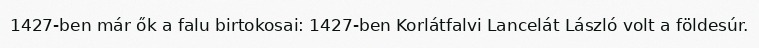
1427-ben már ők a falu birtokosai: 1427-ben Korlátfalvi Lancelát László volt a földesúr.